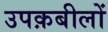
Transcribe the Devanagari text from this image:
उपक़बीलों